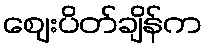
ဈေးပိတ်ချိန်က